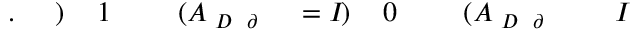
I \! \! \! \! \! \! \! \! \! \! \! \! _ { \! \! \! \! \! \! \! \! \! \! \! \! \partial \! \! \! \! \! \! \! \! \! \! \! \! D } \! \! \! \! \! \! \! \! \! \! \! \! ( A \! \! \! \! \! \! \! \! \! \! \! \! _ { \! } \! \! \! \! \! \! \! \! \! \! \! 0 \! \! \! \! \! \! \! \! \! \! \! \! ) \! \! \! \! \! \! \! \! \! \! \! \! = I \! \! \! \! \! \! \! \! \! \! \! \! _ { \! \! \! \! \! \! \! \! \! \! \! \! \partial \! \! \! \! \! \! \! \! \! \! \! \! D } \! \! \! \! \! \! \! \! \! \! \! \! ( A \! \! \! \! \! \! \! \! \! \! \! \! _ { \! } \! \! \! \! \! \! \! \! \! \! \! 1 \! \! \! \! \! \! \! \! \! \! \! \! ) \! \! \! \! \! \! \! \! \! \! \! \! . \! \! \! \! \! \! \! \! \! \! \!